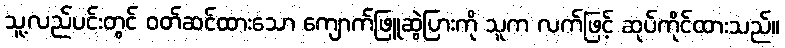
သူ့လည်ပင်းတွင် ဝတ်ဆင်ထားသော ကျောက်ဖြူဆွဲပြားကို သူက လက်ဖြင့် ဆုပ်ကိုင်ထားသည်။